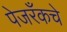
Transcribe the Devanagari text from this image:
पेजरँकचे